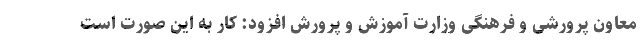
معاون پرورشی و فرهنگی وزارت آموزش و پرورش افزود: کار به این صورت است